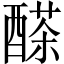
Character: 𨢕